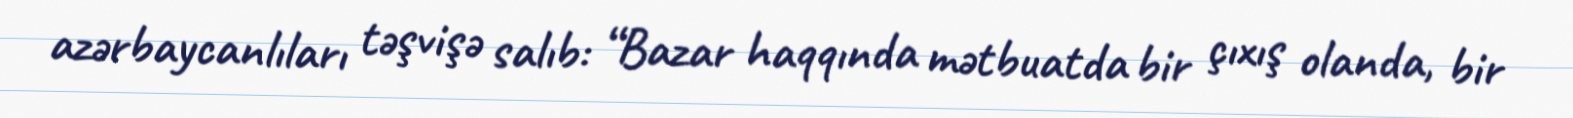
azərbaycanlıları təşvişə salıb: “Bazar haqqında mətbuatda bir çıxış olanda, bir